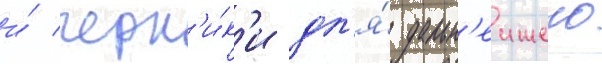
и́ черн'и́к'и дл'я́ дальн'еишего